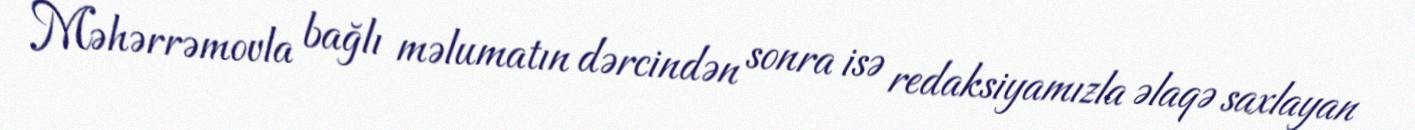
Məhərrəmovla bağlı məlumatın dərcindən sonra isə redaksiyamızla əlaqə saxlayan